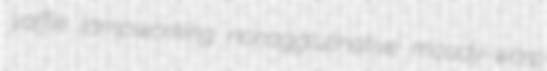
yaffle lampworking nonagglutinative moudy-warp